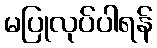
မပြုလုပ်ပါရန်